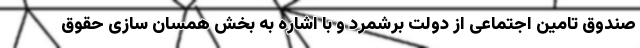
صندوق تامین اجتماعی از دولت برشمرد و با اشاره به بخش همسان سازی حقوق